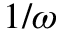
1 / \omega